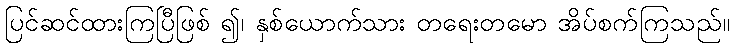
ပြင်ဆင်ထားကြပြီဖြစ် ၍၊ နှစ်ယောက်သား တရေးတမော အိပ်စက်ကြသည်။